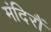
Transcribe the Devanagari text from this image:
मंदिरौं